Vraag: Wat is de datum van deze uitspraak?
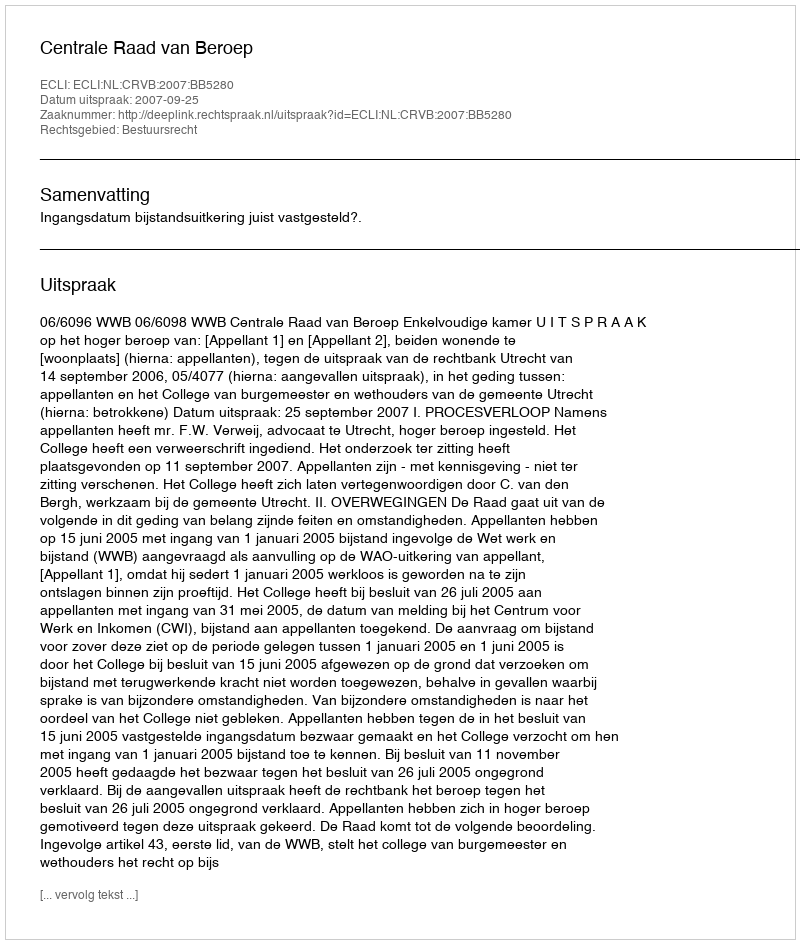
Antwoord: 2007-09-25